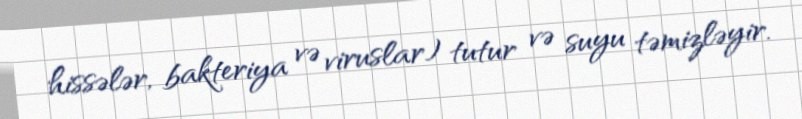
hissələr, bakteriya və viruslar) tutur və suyu təmizləyir.